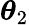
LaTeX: \boldsymbol{\theta}_{2}